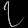
Digit: ၇